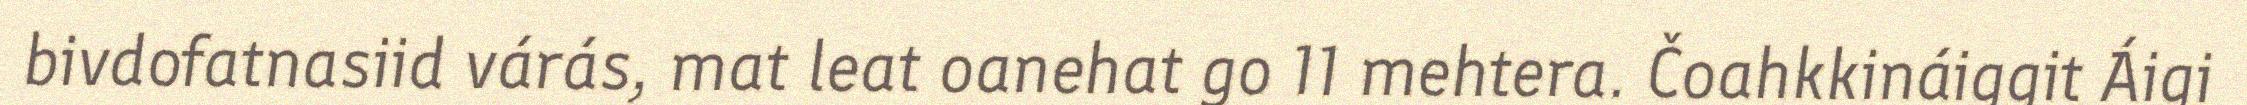
bivdofatnasiid várás, mat leat oanehat go 11 mehtera. Čoahkkináiggit Áigi